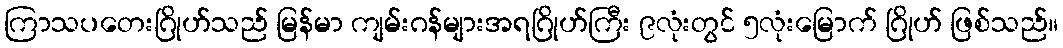
ကြာသပတေးဂြိုဟ်သည် မြန်မာ ကျမ်းဂန်များအရဂြိုဟ်ကြီး ၉လုံးတွင် ၅လုံးမြောက် ဂြိုဟ် ဖြစ်သည်။